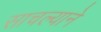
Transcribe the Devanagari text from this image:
साचल्याने